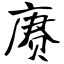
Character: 赓